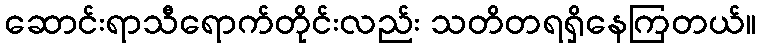
ဆောင်းရာသီရောက်တိုင်းလည်း သတိတရရှိနေကြတယ်။